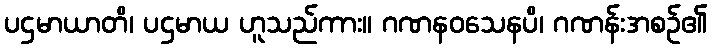
ပဌမာယာတိ၊ ပဌမာယ ဟူသည်ကား။ ဂဏနဝသေနပိ၊ ဂဏန်းအစဉ်၏